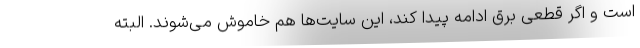
است و اگر قطعی برق ادامه پیدا کند، این سایت‌ها هم خاموش می‌شوند. البته